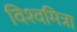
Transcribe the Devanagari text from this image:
विश्‍वमित्रा